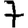
Digit: 7